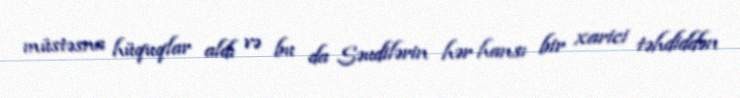
müstəsna hüquqlar aldı və bu da Səudilərin hər hansı bir xarici təhdiddən